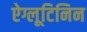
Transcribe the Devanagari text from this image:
ऐग्लूटिनिन